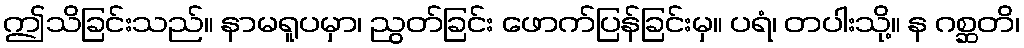
ဤသိခြင်းသည်။ နာမရူပမှာ၊ ညွတ်ခြင်း ဖောက်ပြန်ခြင်းမှ။ ပရံ၊ တပါးသို့။ န ဂစ္ဆတိ၊